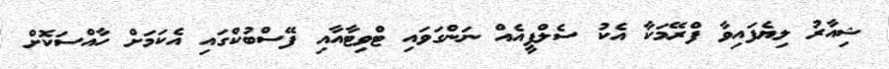
ޝިއާރު ލިޔެފައިވާ ފްރޭމަކާ އެކު ސެލްފީއެއް ނަންގަވައި ޓްވިޓާއާއި ފޭސްބުކްގައި އެކަމަށް ހާއްސަކޮށް